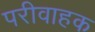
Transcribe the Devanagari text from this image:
परीवाहक